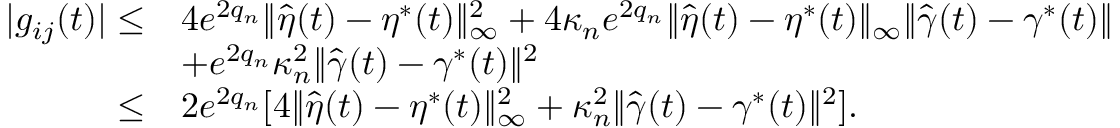
\begin{array} { r l } { | g _ { i j } ( t ) | \le } & { 4 e ^ { 2 q _ { n } } \| \widehat { \eta } ( t ) - \eta ^ { * } ( t ) \| _ { \infty } ^ { 2 } + 4 \kappa _ { n } e ^ { 2 q _ { n } } \| \widehat { \eta } ( t ) - \eta ^ { * } ( t ) \| _ { \infty } \| \widehat { \gamma } ( t ) - \gamma ^ { * } ( t ) \| } \\ & { + e ^ { 2 q _ { n } } \kappa _ { n } ^ { 2 } \| \widehat { \gamma } ( t ) - \gamma ^ { * } ( t ) \| ^ { 2 } } \\ { \le } & { 2 e ^ { 2 q _ { n } } [ 4 \| \widehat { \eta } ( t ) - \eta ^ { * } ( t ) \| _ { \infty } ^ { 2 } + \kappa _ { n } ^ { 2 } \| \widehat { \gamma } ( t ) - \gamma ^ { * } ( t ) \| ^ { 2 } ] . } \end{array}